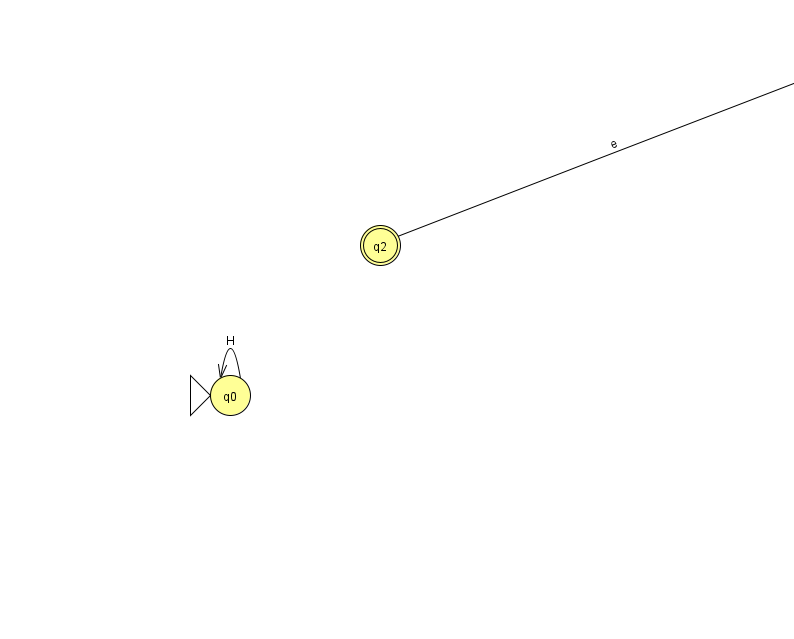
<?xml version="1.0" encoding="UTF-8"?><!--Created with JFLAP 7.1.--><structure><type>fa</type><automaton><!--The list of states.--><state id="0" name="q0"><x>230.0</x><y>382.0</y><initial/></state><state id="1" name="q1"><x>854.0</x><y>50.0</y></state><state id="2" name="q2"><x>380.0</x><y>232.0</y><final/></state><!--The list of transitions.--><transition><from>0</from><to>0</to><read>H</read></transition><transition><from>2</from><to>1</to><read>e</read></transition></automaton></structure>